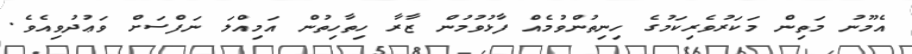
އެމޫނު މަތިން މަކަރުވެރިކަމުގެ ހިނިތުންވުމެއް ފާޅުވުމުން ޒާރާ ހިތާހިތުން އަމިއްލަ ނަފްސަށް ވަޢުދުވިއެވެ.